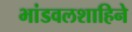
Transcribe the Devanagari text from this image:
भांडवलशाहिने